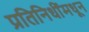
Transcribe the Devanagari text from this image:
प्रतिनिधींमधून